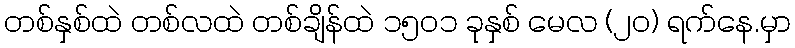
တစ်နှစ်ထဲ တစ်လထဲ တစ်ချိန်ထဲ ၁၅၀၁ ခုနှစ် မေလ (၂၀) ရက်နေ.မှာ